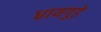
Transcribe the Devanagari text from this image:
धायगुड़े